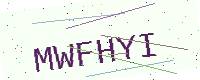
Text: MWFHYI